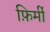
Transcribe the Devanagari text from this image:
फ़िर्मी